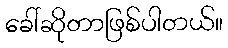
ခေါ်ဆိုတာဖြစ်ပါတယ်။